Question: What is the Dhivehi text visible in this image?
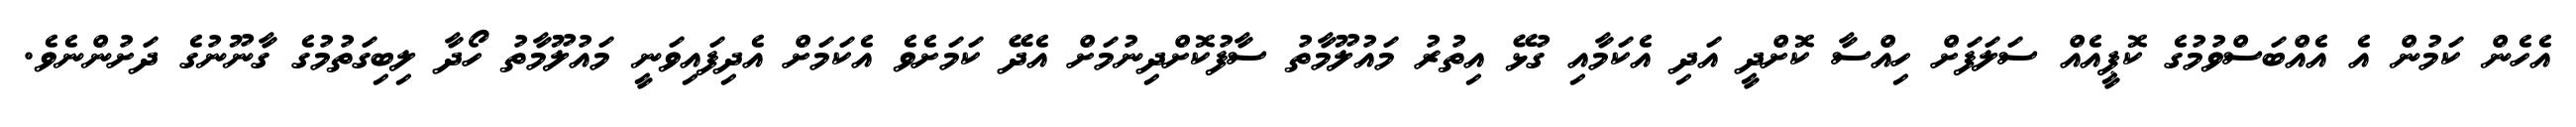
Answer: އެހެން ކަމުން އެ އެއްބަސްވުމުގެ ކޮޕީއެއް ސަލަފަށް ހިއްސާ ކޮށްދީ އަދި އެކަމާއި ގުޅޭ އިތުރު މައުލޫމާތު ސާފުކޮށްދިނުމަށް އެދޭ ކަމަށެވެ އެކަމަށް އެދިފައިވަނީ މައުލޫމާތު ހޯދާ ލިބިގަތުމުގެ ގާނޫނުގެ ދަށުންނެވެ.